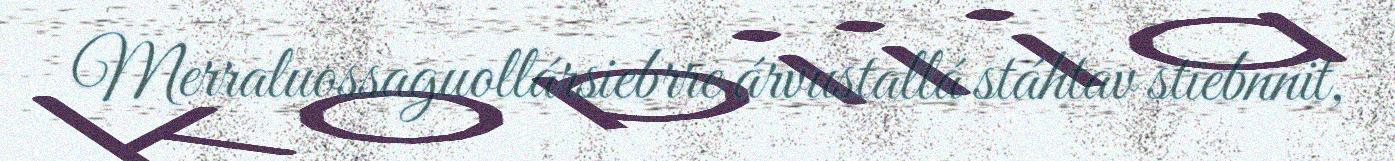
Merraluossaguollársiebrre árvustallá stáhtav stiebnnit,